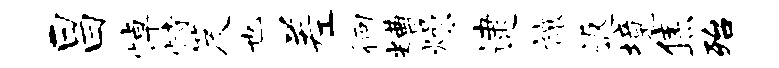
昌悼恃笈也差徊糟燥逮禳返境焦殆